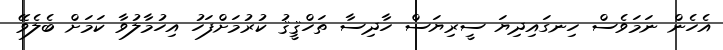
އެހެން ނަމަވެސް ހިނގައިދިޔަ ސީރިޔަސް ހާދިސާ ތަހްޤީޤު ކުރުމަށްފަހު އިހުމާލުވާ ކަމަށް ބެލެވޭ